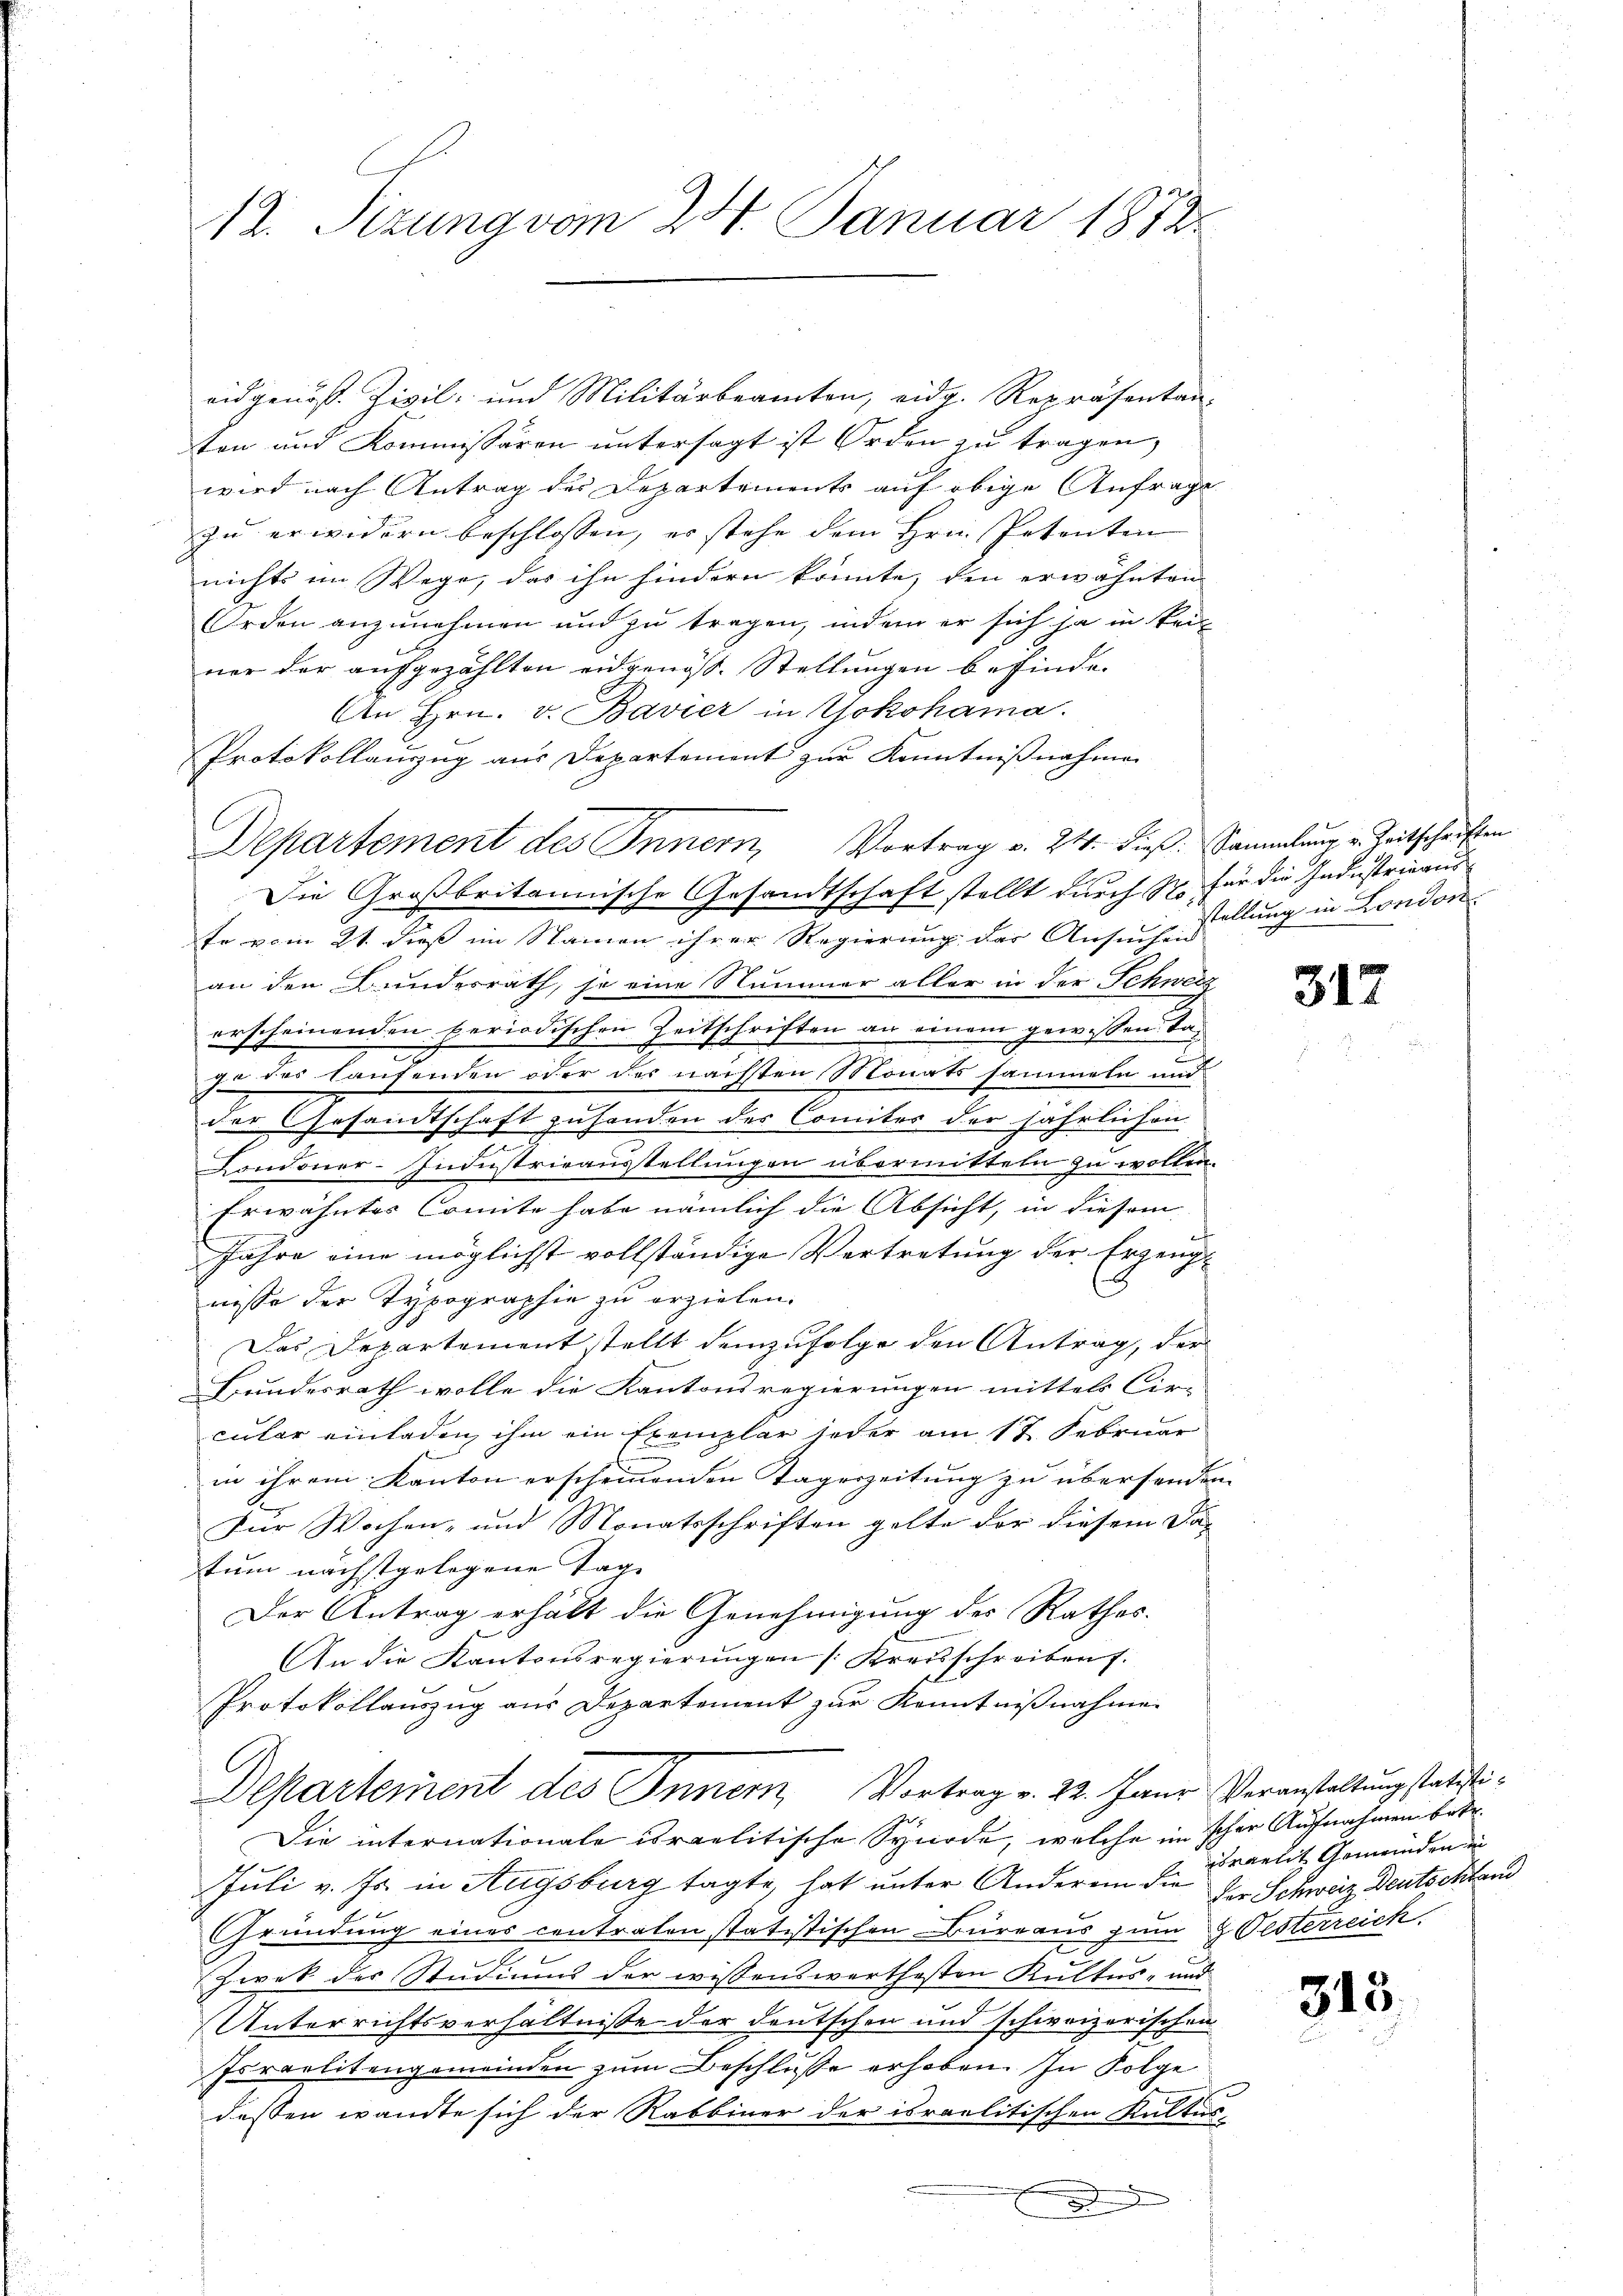
A12. Sizung vom 24. Januar 1872

eidgenöss. Zivil- und Militärbeamten, eidg. Repräsentan-
ton und Kommissären untersagt ist Orden zu tragen,
wird nach Antrag des Departements auf obige Anfrage
zu erwidern beschlossen, er stehe dem Hrn. Petenten
nichts im Wege, das ihn hindern könnte, den erwähnten
Orden anzunehmen und zu tragen, indem er sich ja in Teil
ner der aufgezählten eidgenöss. Stellungen befinde.
An Hrn. v. Bavier in Yokohama.
Protokollanzug aus Departement zur Kenntnißnahme
Die Großbritannische Gesandtschaft stellt durch Z. für die Industrieaus
te vom 21. dieß im Stainen ihrer Regierung des Ansuchen
an den Bunderrath, so eine Nummer aller in der Schweiz
erscheinenden periodischen Zeitschriften an einem gewissen Tazo das laufenden oder des nächsten Monats sammeln und
der Gesandtschaft zuhanden des Comites der jährlichen
Londoner-Industrieausstellungen übermitteln zu wollen.
Erwähntes Comite habe nämlich die Absicht, in diesem
Jahre eine möglichst vollständige Vertretung der Erzeugt
nisse der Typographie zu erzielen.
Das Departement stellt demzufolge den Antrag, der
Bundesrath wolle die Kantonsregierungen mittels Cir- |
cular einladen ihm ein Exemplar jeder am 17. Februar
in ihrem Kanton erscheinenden Tagerzeitung zu übersenden.
Für Wochen- und Monatsschriften gelte der diesem Da-
tum nächstgelegene Tage
Der Antrag erhält die Genehmigung der Rathes.
An die Kantonsregierŭngen /: Kreisschreiben.
Protokollauszug aus Departement zur Kenntnißnahme
Departement des Innern, Vortrag v. 23. Janr Veranstaltung statisti¬
Die internationale israelitische Synode, welche in scher Aufnahmen betr.
Juli v. Js. in Augsburg tagte, hat unter Anderen der Praelit Gemeinden un
Gründung eines contralen statistischen Büreaus zum 9 Oesterreich
Zwek des Studiums der wissenswerthesten Kultus- und
Unterrichtsverhältnisse der Deutschen und schweizerischen
Israelitengemeinden zum Beschlusse erhoben. In Folge
dessen wandte sich der Rabbiner der israelitischen Kultus-
.
n

Departement des Innern, Vortrag v. 24. dieß. Sammlung u. Zeitschriften

stellung in London

317

der Schweiz Deutschtan

315.